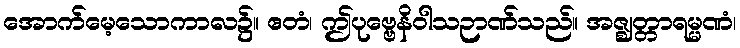
အောက်မေ့သောကာလ၌။ ဧတံ၊ ဤပုဗ္ဗေနိဝါသဉာဏ်သည်။ အဇ္ဈတ္တာရမ္မဏံ၊